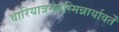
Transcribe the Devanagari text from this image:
वारियात्रमेतस्मिन्नार्यावर्तें